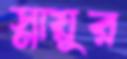
স্নায়ুর